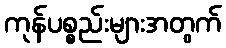
ကုန်ပစ္စည်းများအတွက်